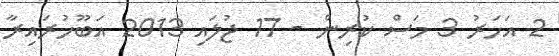
2 އަހަރު 3 މަސް ކުރިން - 17 ޖުލައި 2013 އަބޫހުރައިރާ